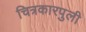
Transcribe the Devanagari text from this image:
चित्रकारपुली